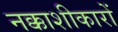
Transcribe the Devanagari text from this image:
नक्काशीकारों